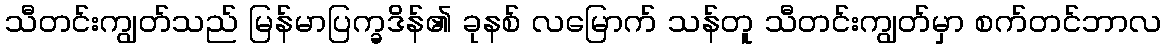
သီတင်းကျွတ်သည် မြန်မာပြက္ခဒိန်၏ ခုနစ် လမြောက် သန်တူ သီတင်းကျွတ်မှာ စက်တင်ဘာလ